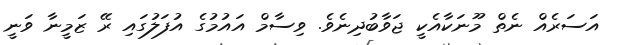
އަސަރެއް ނެތް މޫނަކާއެކީ ޖަވާބުދިނެވެ. ވިސާމް އައުމުގެ އުފަލުގައި ރޭ ޒަމީނާ ވަނީ